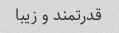
قدرتمند و زیبا